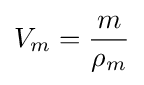
V_{m}={\frac {m}{\rho _{m}}}